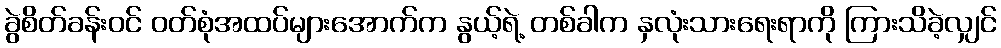
ခွဲစိတ်ခန်းဝင် ဝတ်စုံအထပ်များအောက်က နွယ့်ရဲ့ တစ်ခါက နှလုံးသားရေးရာကို ကြားသိခဲ့လျှင်